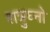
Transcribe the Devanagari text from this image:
शत्रुघ्नो